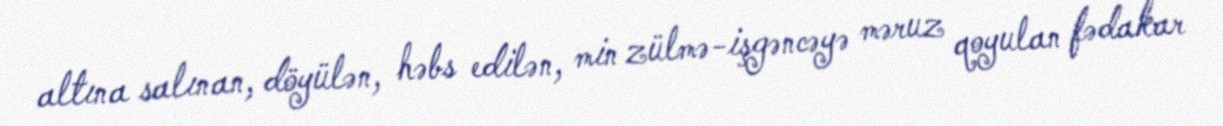
altına salınan, döyülən, həbs edilən, min zülmə-işgəncəyə məruz qoyulan fədakar